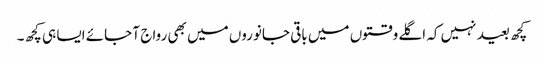
کچھ بعید نہیں کہ اگلے وقتوں میں باقی جانوروں میں بھی رواج آ جائے ایسا ہی کچھ۔